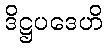
ဒိဋ္ဌပဒေဟိ